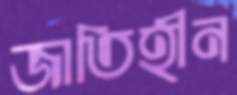
জাতিহীন